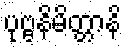
ပုဗ္ဗနိမိတ္တာနိ